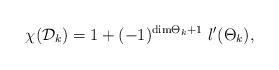
LaTeX: \begin{align*}\chi ({\cal D}_{k}) =1 + (-1)^{{\rm dim}{{\Theta}_{k}} + 1}\ l^{\prime} ({{\Theta}_{k}}),\end{align*}